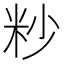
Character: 粆